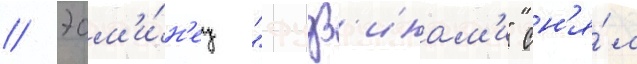
// Эсм'и́н'ец "фудз'инам'и" сн'я́л